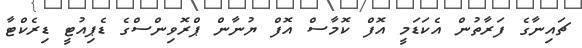
ޗައިނާގެ ފަރާތުން އެކަޑަމީ އޮފް ކޮމާސް އޮފް ޔުނާން ޕްރޮވިންސްގެ ޑެޕިއުޓީ ޑިރެކްޓާ